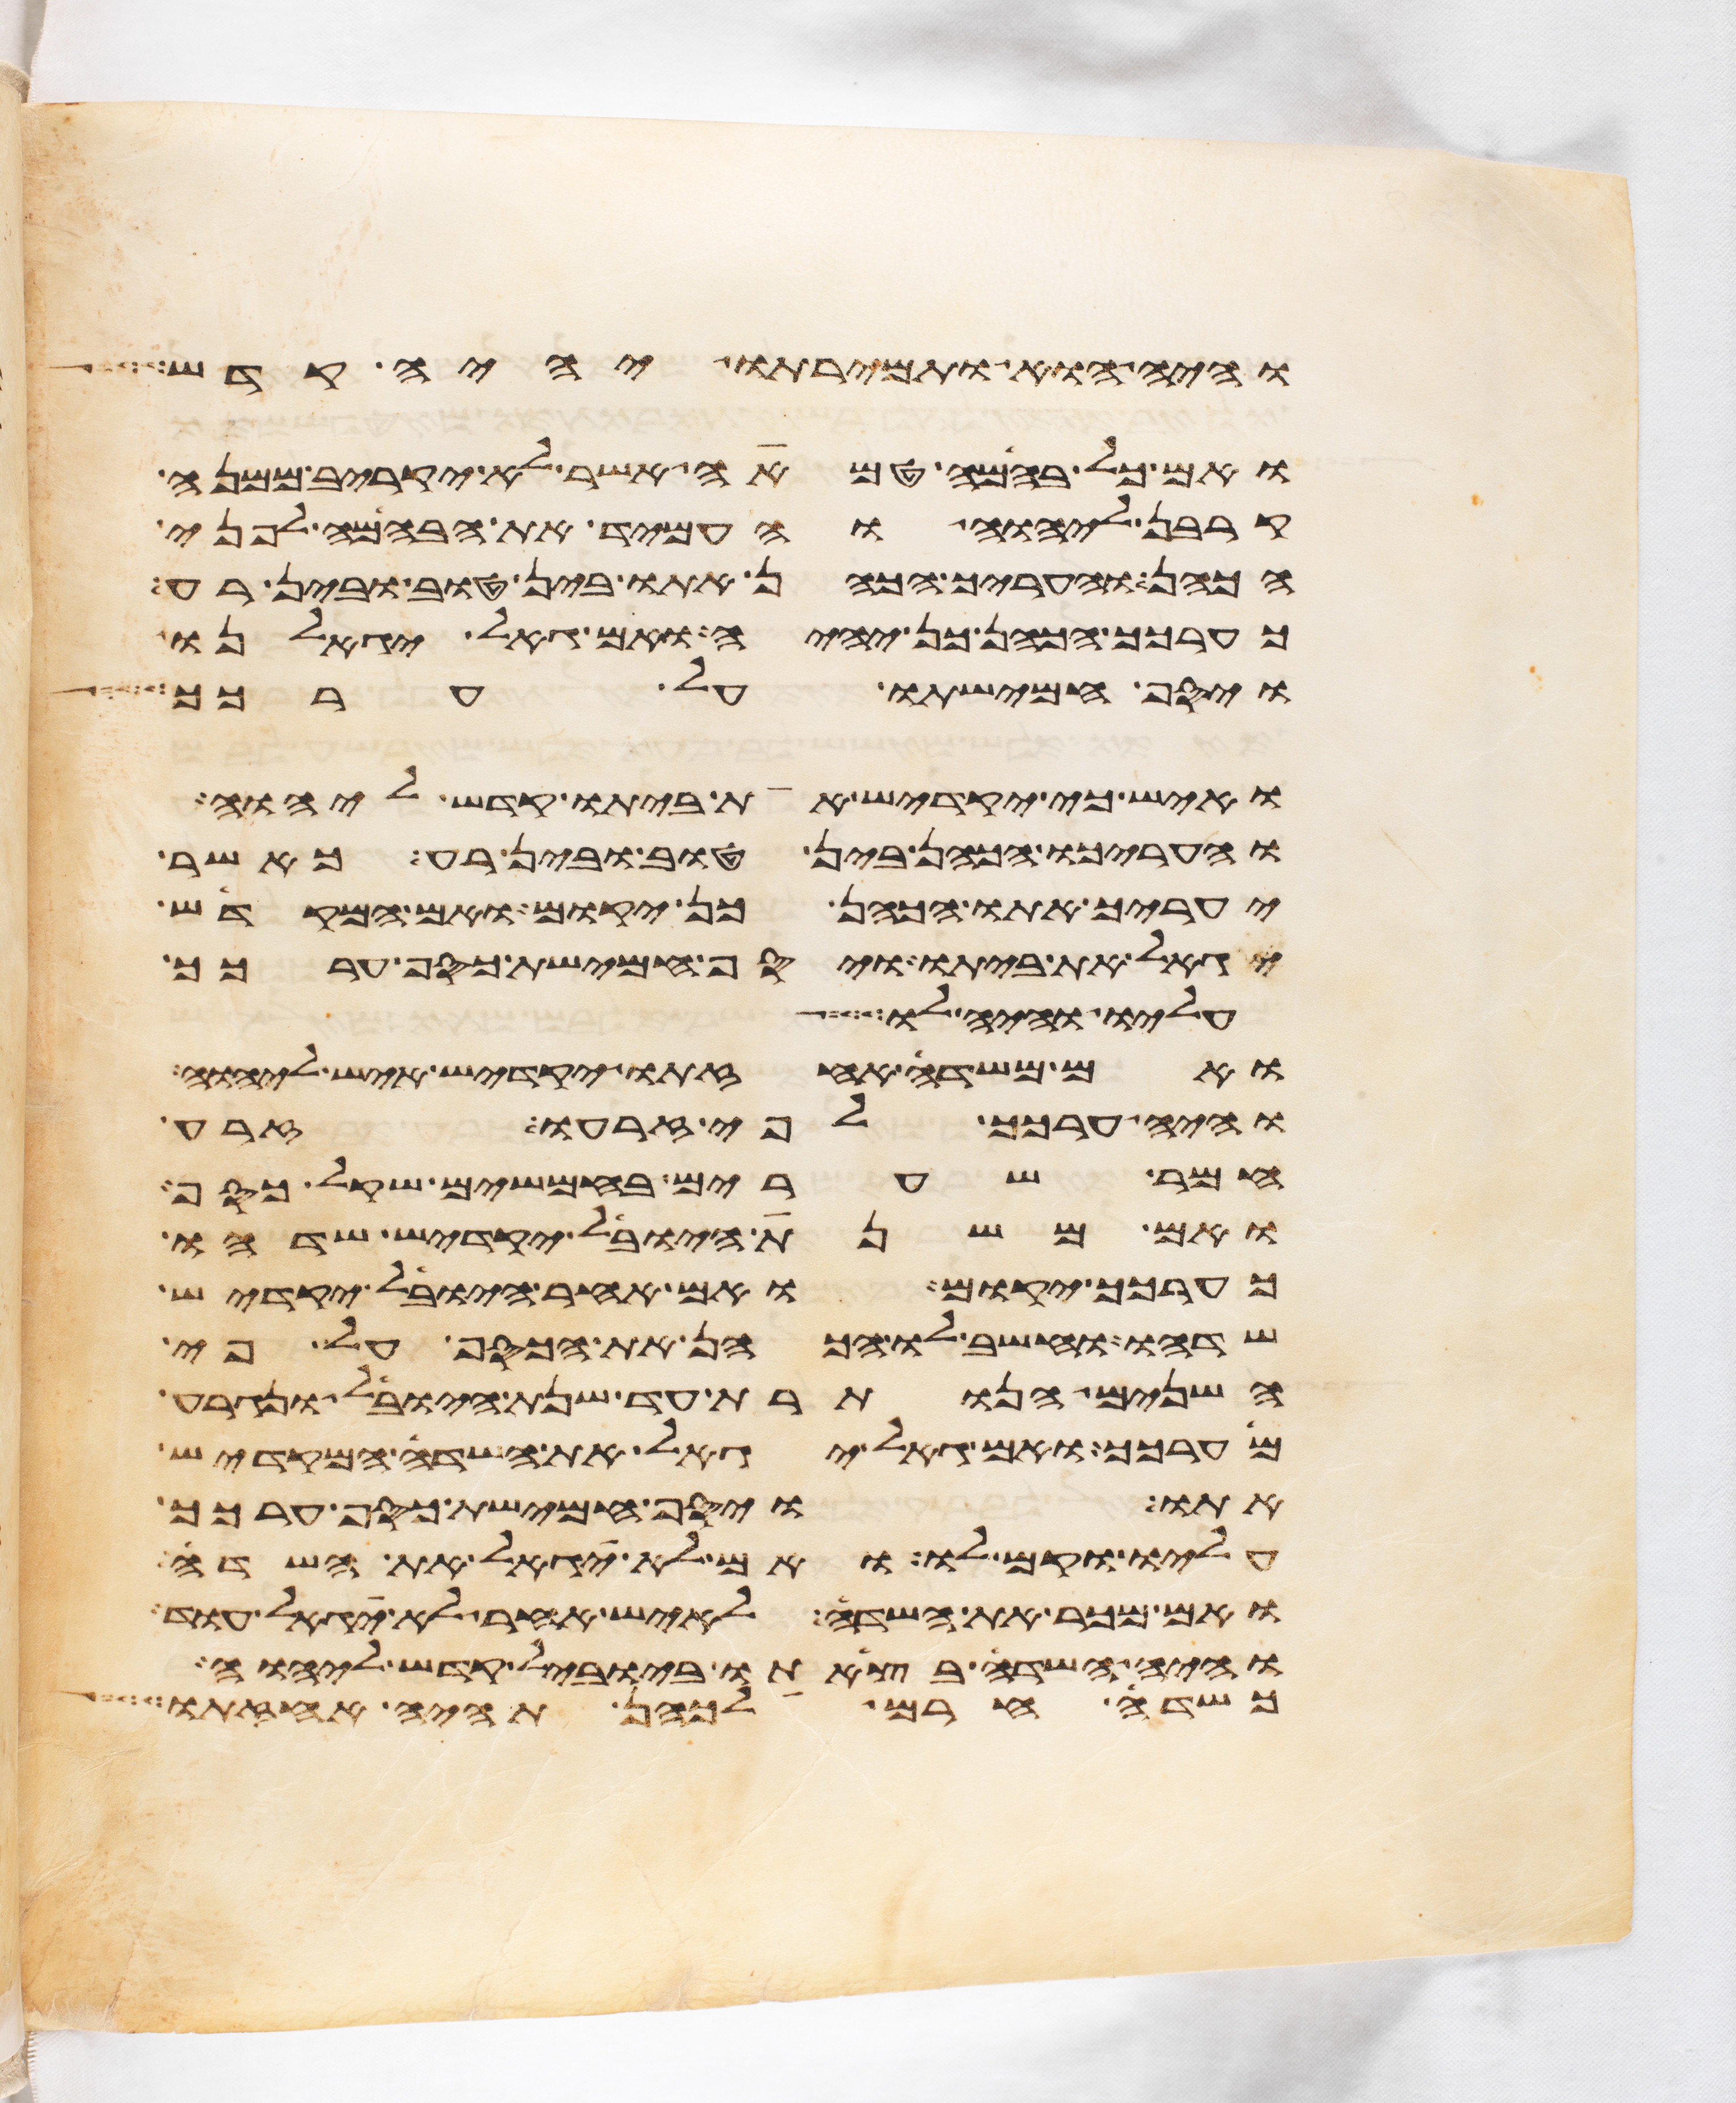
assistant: והיה הוא ותמירתו יהיה קדש
ואם כל בהמה טמאה אשר לא יקריב ממנה
קרבן ליהוה והעמיד את הבהמה לפני
הכהן והעריך הכהן אתו בין טוב ובין רע
כערכך הכהן כן יהיה ואם גאל יגאלנו
ויסף חמישתו על ערכך
ואיש כי יקדיש את ביתו קדש ליהוה
והעריכו הכהן בין טוב ובין רע כאשר
יעריך אתו הכהן כן יקום ואם המקדיש
יגאל את ביתו ויסף חמישת כסף ערכך
עליו והיה לו
ואם משדה אחזתו יקדיש איש ליהוה
והיה ערכך לפי זרעו זרע
חמר שערים בחמשים שקל כסף
ואם משנת היובל יקדיש שדהו
כערכך יקום ואם אחר היובל יקדיש
שדהו וחשב לו הכהן את הכסף על פי
השנים הנותרת עד שנת היובל ונגרע
מערכך ואם גאל יגאל את השדה המקדיש
אתו ויסף חמישת כסף ערכך
עליו וקם לו ואם לא יגאל את השדה
ואם מכר את השדה לאיש אחר לא יגאל עוד
והיה השדה בצאתו ביובל קדש ליהוה
כשדה החרם לכהן תהיה אחזתו